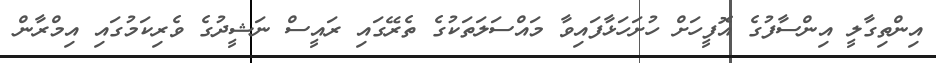
އިންތިގާލީ އިންސާފުގެ އޮފީހަށް ހުށަހަޅާފައިވާ މައްސަލަތަކުގެ ތެރޭގައި ރައީސް ނަޝީދުގެ ވެރިކަމުގައި އިމްރާން